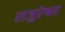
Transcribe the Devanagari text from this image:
राजुरेश्वर